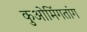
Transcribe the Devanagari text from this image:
कुओमिंगतांग